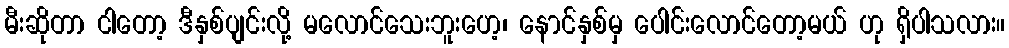
မီးဆိုတာ ငါတော့ ဒီနှစ်ပျင်းလို့ မလောင်သေးဘူးဟေ့၊ နောင်နှစ်မှ ပေါင်းလောင်တော့မယ် ဟု ရှိပါသလား။